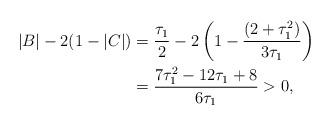
LaTeX: \begin{align*}|B|-2(1-|C|)&=\frac{\tau_{1}}{2} -2\left(1- \frac{(2+\tau^2_{1})}{3\tau_{1}}\right)\\&=\frac{7\tau^2_{1} -12\tau_{1} +8}{6\tau_{1}}> 0,\end{align*}